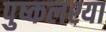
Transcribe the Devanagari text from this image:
पुष्कलश्या